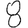
Digit: 8